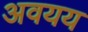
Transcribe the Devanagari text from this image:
अवयय